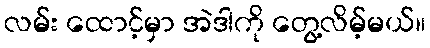
လမ်း ထောင့်မှာ အဲဒါကို တွေ့လိမ့်မယ်။